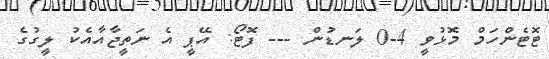
ޓޮޓެންހަމް މޮޅުވީ 4-0 ލަނޑުން --- ފޮޓޯ: އޭޕީ އެ ނަތީޖާއާއެކު ލީގުގެ